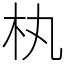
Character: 𣏒